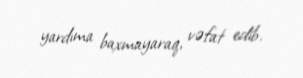
yardıma baxmayaraq, vəfat edib.